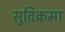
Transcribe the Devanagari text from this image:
सुविक्रमा